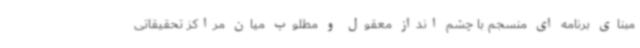
مبنای برنامه ای منسجم با چشم انداز معقول و مطلوب میان مراکز تحقیقاتی